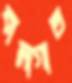
বালাগাত